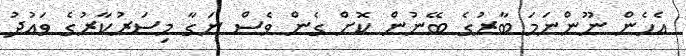
އެހެން ނޫންނަމަ ބާރުގެ ބޭނުން ކޮށް ގެން ވެސް ނަގާ މިސަރުކާރުގެ ވައުދު